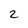
Character: 2